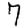
Digit: 7